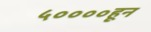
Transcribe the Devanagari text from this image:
५००००हून